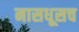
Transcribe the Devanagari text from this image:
नासधूसच